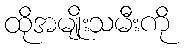
ထိုအမျိုးသမီးကို